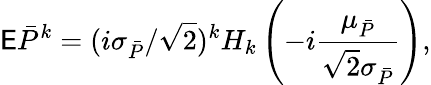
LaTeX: \mathsf E\bar{P}^{k}=(i\sigma_{\bar{P}}/\sqrt 2)^{k}H_{k}\left(-i\frac{\mu_{\bar{P}}}{\sqrt 2\sigma_{\bar{P}}}\right),